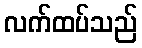
လက်ထပ်သည်